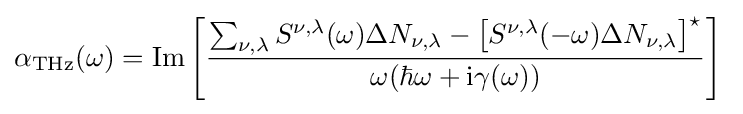
\alpha _{\rm {THz}}(\omega )=\mathrm {Im} \left[{\frac {\sum _{\nu ,\lambda }S^{\nu ,\lambda }(\omega )\Delta N_{\nu ,\lambda }-\left[S^{\nu ,\lambda }(-\omega )\Delta N_{\nu ,\lambda }\right]^{\star }}{\omega (\hbar \omega +\mathrm {i} \gamma (\omega ))}}\right]\;